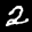
Digit: 2